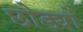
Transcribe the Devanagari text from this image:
छोड्यों